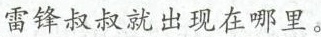
雷锋叔叔就出现在哪里。